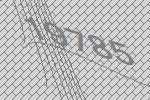
19785